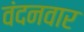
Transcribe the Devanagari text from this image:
वंदनवार